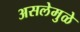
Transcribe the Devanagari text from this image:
असलेमुळे